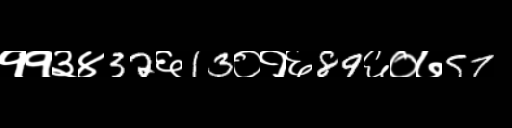
Text: ११३४32६13०१६89६०७57